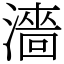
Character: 濇